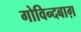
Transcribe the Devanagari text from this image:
गोविन्दबाग़